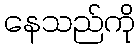
နေသည်ကို